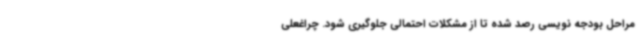
مراحل بودجه نویسی رصد شده تا از مشکلات احتمالی جلوگیری شود. چراغعلی